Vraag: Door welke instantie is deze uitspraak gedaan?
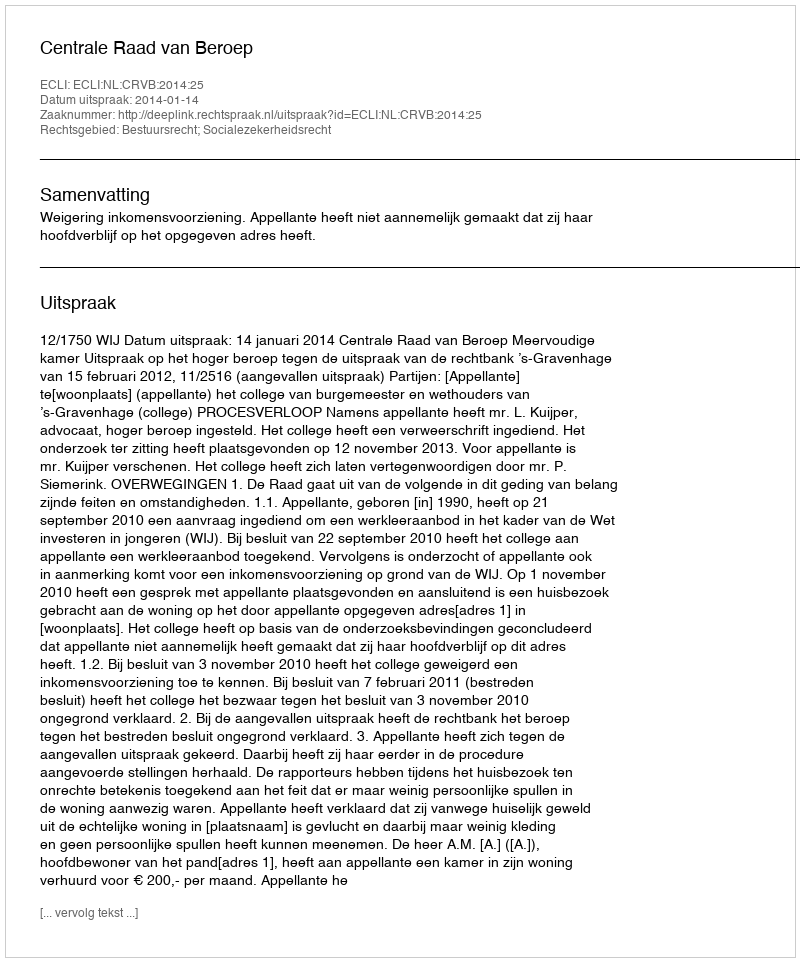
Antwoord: Centrale Raad van Beroep